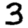
Digit: 3